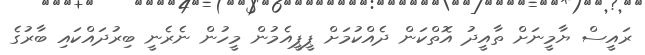
ރައީސް ޔާމީނަށް ތާއީދު އޮތްކަން ދެއްކުމަށް ޕީޕީއެމުން މީހުން ނެރެނީ ބިރުދައްކައި ބާރުގެ